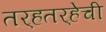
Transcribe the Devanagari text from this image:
तर्‍हतर्‍हेची